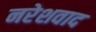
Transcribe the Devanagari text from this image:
नरेशवाद